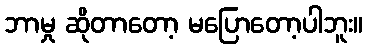
ဘာမှု ဆိုတာတော့ မပြောတော့ပါဘူး။